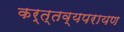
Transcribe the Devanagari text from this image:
कर्त्तव्यपरायण